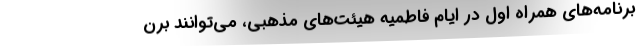
برنامه‌های همراه اول در ایام فاطمیه هیئت‌های مذهبی، می‌توانند برن